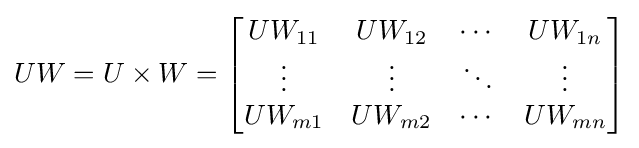
UW=U\times W={\begin{bmatrix}UW_{11}&UW_{12}&\cdots &UW_{1n}\\\vdots &\vdots &\ddots &\vdots \\UW_{m1}&UW_{m2}&\cdots &UW_{mn}\end{bmatrix}}